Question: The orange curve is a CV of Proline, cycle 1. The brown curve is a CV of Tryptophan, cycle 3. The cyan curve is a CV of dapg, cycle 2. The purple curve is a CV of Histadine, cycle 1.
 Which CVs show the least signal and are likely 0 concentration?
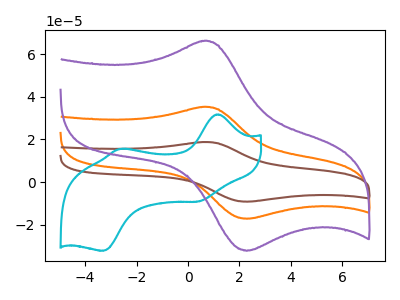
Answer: <think>The orange curve "Proline, cycle 1" has an anodic peak at (0.60V, 35.25uA) and a cathodic peak at (2.30V, -17.10uA). The brown curve "Tryptophan, cycle 3" has an anodic peak at (0.60V, 70.45uA) and a cathodic peak at (2.30V, -34.20uA). The cyan curve "dapg, cycle 2" has anodic peaks at (1.20V, 31.75uA) (-2.65V, 15.60uA) and cathodic peaks at (0.40V, -9.05uA) (-3.30V, -32.10uA). The purple curve "Histadine, cycle 1" has an anodic peak at (0.60V, 66.10uA) and a cathodic peak at (2.30V, -32.10uA).</think>
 <answer>There are not any CV's on this graph that are likely to be blanks.</answer>
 <eval>none</eval>